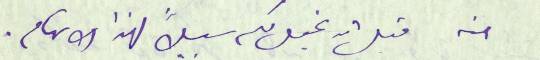
منه قبل ان نجعل لكم سبيلاً لهذا الاتهام.